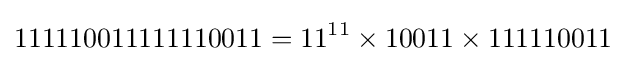
111110011111110011=11^{11}\times 10011\times 111110011